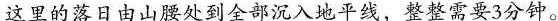
这里的落日由山腰处到全部沉入地平线，整整需要3分钟。